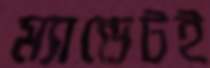
ম্যান্ডেটই